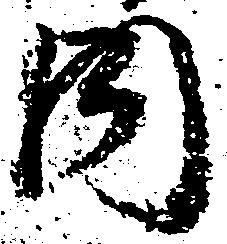
内